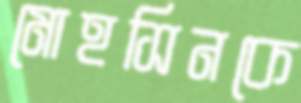
মোহসিনকে